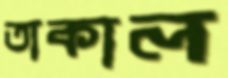
তাকাল